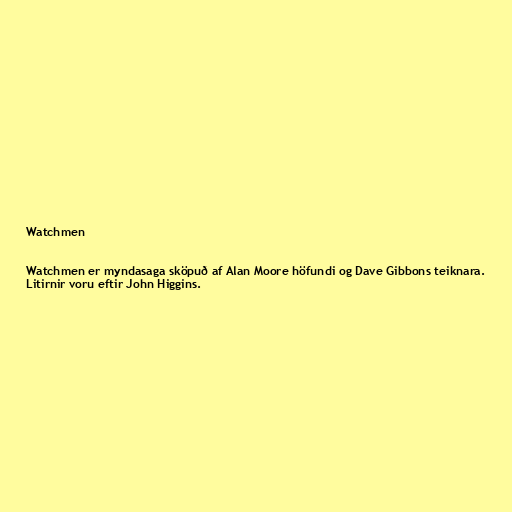
Watchmen

Watchmen er myndasaga sköpuð af Alan Moore höfundi og Dave Gibbons teiknara.
Litirnir voru eftir John Higgins.